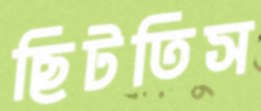
ছিটতিস